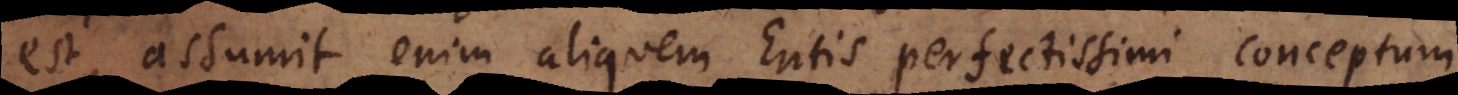
est, assumit enim aliquem Entis perfectissimi conceptum